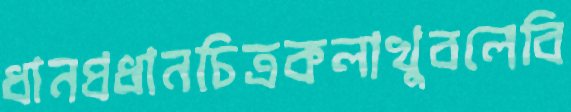
ধানপ্রধানচিত্রকলাখুবলেবি